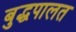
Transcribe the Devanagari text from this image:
बुद्धपालत